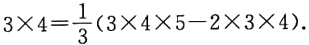
$3\times 4=\frac{1}{3}(3\times 4\times 5 - 2\times 3\times 4)$